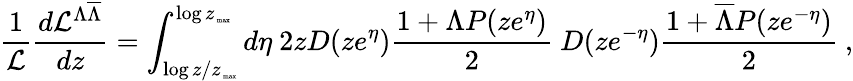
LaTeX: \frac{1}{\cal L}\frac{d{\cal L}^{\Lambda\overline{{{\Lambda}}}}}{dz}=\int_{\log z/z_{\mathrm{\tiny~max}}}^{\log z_{\mathrm{\tiny~max}}}d\eta\ 2zD(ze^{\eta})\frac{1+\Lambda P(ze^{\eta})}{2}\ D(ze^{-\eta})\frac{1+\overline{{{\Lambda}}}P(ze^{-\eta})}{2}\ ,